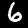
Label: 6